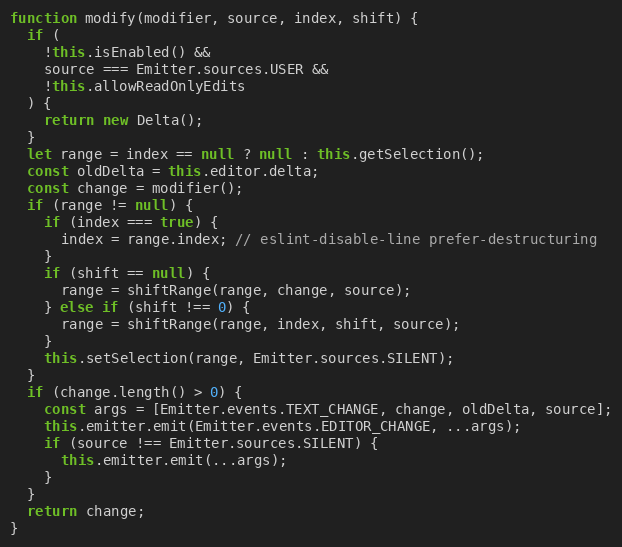
Language: JavaScript
function modify(modifier, source, index, shift) {
  if (
    !this.isEnabled() &&
    source === Emitter.sources.USER &&
    !this.allowReadOnlyEdits
  ) {
    return new Delta();
  }
  let range = index == null ? null : this.getSelection();
  const oldDelta = this.editor.delta;
  const change = modifier();
  if (range != null) {
    if (index === true) {
      index = range.index; // eslint-disable-line prefer-destructuring
    }
    if (shift == null) {
      range = shiftRange(range, change, source);
    } else if (shift !== 0) {
      range = shiftRange(range, index, shift, source);
    }
    this.setSelection(range, Emitter.sources.SILENT);
  }
  if (change.length() > 0) {
    const args = [Emitter.events.TEXT_CHANGE, change, oldDelta, source];
    this.emitter.emit(Emitter.events.EDITOR_CHANGE, ...args);
    if (source !== Emitter.sources.SILENT) {
      this.emitter.emit(...args);
    }
  }
  return change;
}